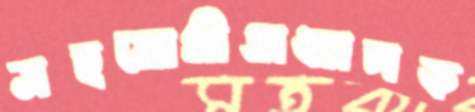
সহযোগীঅধ্যাপক